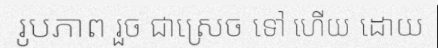
រូបភាព រួច ជាស្រេច ទៅ ហើយ ដោយ